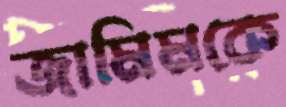
জামিমকে